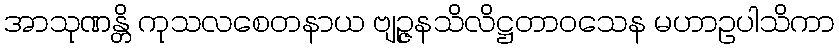
အာသုဏန္တိ ကုသလစေတနာယ ဗျဉ္ဇနသိလိဋ္ဌတာဝသေန မဟာဥပါသိကာ